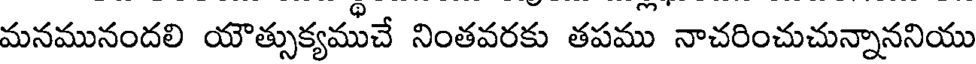
మనమునందలి యౌత్సుక్యముచే నింతవరకు తపము నాచరించుచున్నాననియు